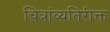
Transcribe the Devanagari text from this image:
चित्रांव्यतिरीक्त